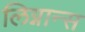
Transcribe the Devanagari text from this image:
लिग्नान्स